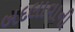
બદલાવાની